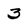
Character: 3